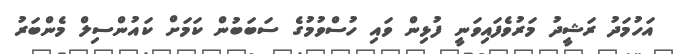
އަހުމަދު ރަޝީދު މަރުވެފައިވަނީ ފުޅިން ވައި ހުސްވުމުގެ ސަބަބުން ކަމަށް ކައުންސިލް މެންބަރު